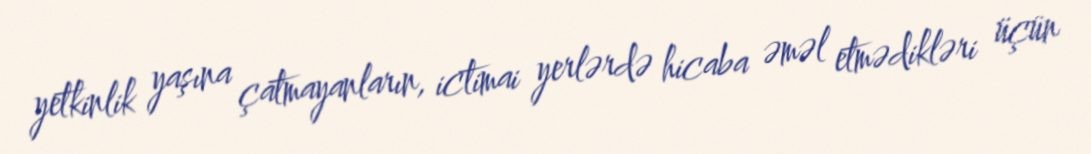
yetkinlik yaşına çatmayanların, ictimai yerlərdə hicaba əməl etmədikləri üçün